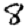
Digit: 8